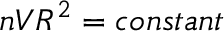
n V R ^ { 2 } = c o n s t a n t